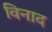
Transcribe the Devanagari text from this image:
विनाद